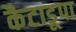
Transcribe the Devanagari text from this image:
कैटाडूपा